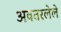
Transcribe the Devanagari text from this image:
अवतरलेले